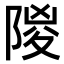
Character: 𨺡